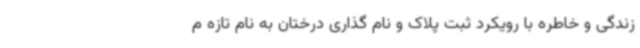
زندگی و خاطره با رویکرد ثبت پلاک و نام گذاری درختان به نام تازه م